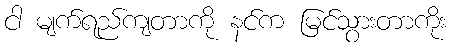
ငါ မျက်ရည်ကျတာကို နင်က မြင်သွားတာကိုး